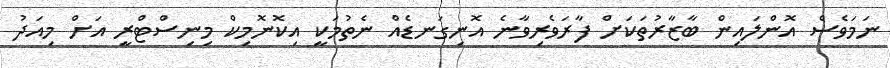
ނަމަވެސް އޮންލައިން ބާޒާރުތަކަށް ފާރަވެރިވާނެ އޮނިގަނޑެއް ނެތުމަކީ އިކޮނޮމިކް މިނިސްޓްރީ އަށް މިއަދު